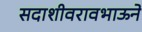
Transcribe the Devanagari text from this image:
सदाशीवरावभाऊने